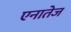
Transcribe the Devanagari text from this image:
एनातेज